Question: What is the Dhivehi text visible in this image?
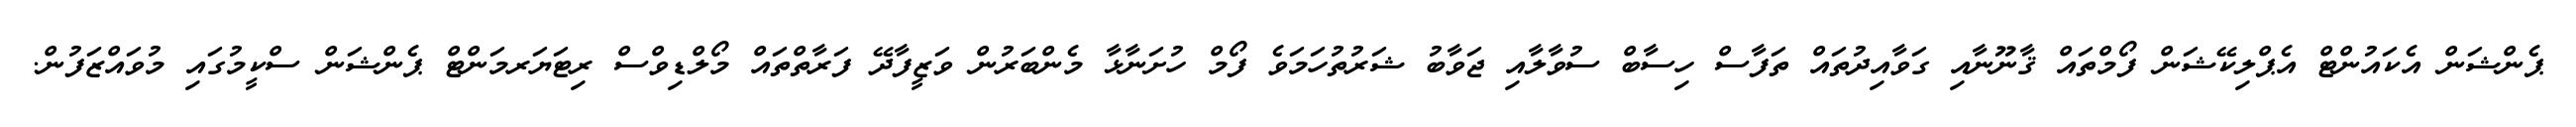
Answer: ޕެންޝަން އެކައުންޓް އެޕްލިކޭޝަން ފޯމްތައް ޤާނޫނާއި ގަވާއިދުތައް ތަފާސް ހިސާބް ސުވާލާއި ޖަވާބު ޝަރުތުހަމަވެ ފޯމް ހުށަނާޅާ މެންބަރުން ވަޒީފާދޭ ފަރާތްތައް މޯލްޑިވްސް ރިޓަޔަރމަންޓް ޕެންޝަން ސްކީމުގައި މުވައްޒަފުން.